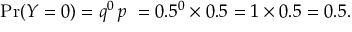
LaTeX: \operatorname* { P r } ( Y = 0 ) = q ^ { 0 } \, p \ = 0 . 5 ^ { 0 } \times 0 . 5 = 1 \times 0 . 5 = 0 . 5 .